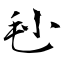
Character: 毜